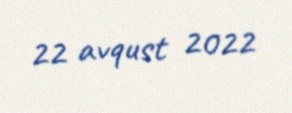
22 avqust 2022